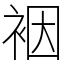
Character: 裀